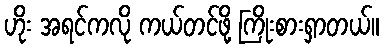
ဟိုး အရင်ကလို ကယ်တင်ဖို့ ကြိုးစားရှာတယ်။